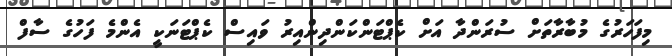
މިފަހަރުގެ މުބާރާތަށް ސުރަންދާ އަށް ކެޕްޓަންކަންދިންއިރު ވައިސް ކެޕްޓަނަކީ އެންމެ ފަހުގެ ސާފް